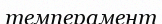
темперамент